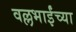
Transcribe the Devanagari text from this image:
वल्लभाईंच्या